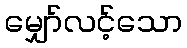
မျှော်လင့်သော